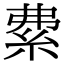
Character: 𥿏